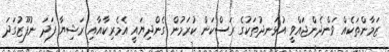
ޒަމާންތަކެއް ވަންދެންޖައްވީ އުޅަނދުތަކުގެ ރަސްކަން ކުރަމުން ގެންދިޔައީ އެމެރިކާއާއި ރަޝިޔާ ފަދަ ނުފޫޒުގަދަ